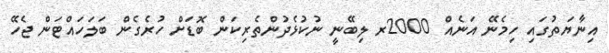
އިނާޔަތުގައި ހިމެނޭ އަނެއް 2000ރ ލިބޭނީ ނުކުޅެދުންތެރިކަން ބޮޑަށް ހުރެގެން ބަލަހައްޓަން ޖެހޭ